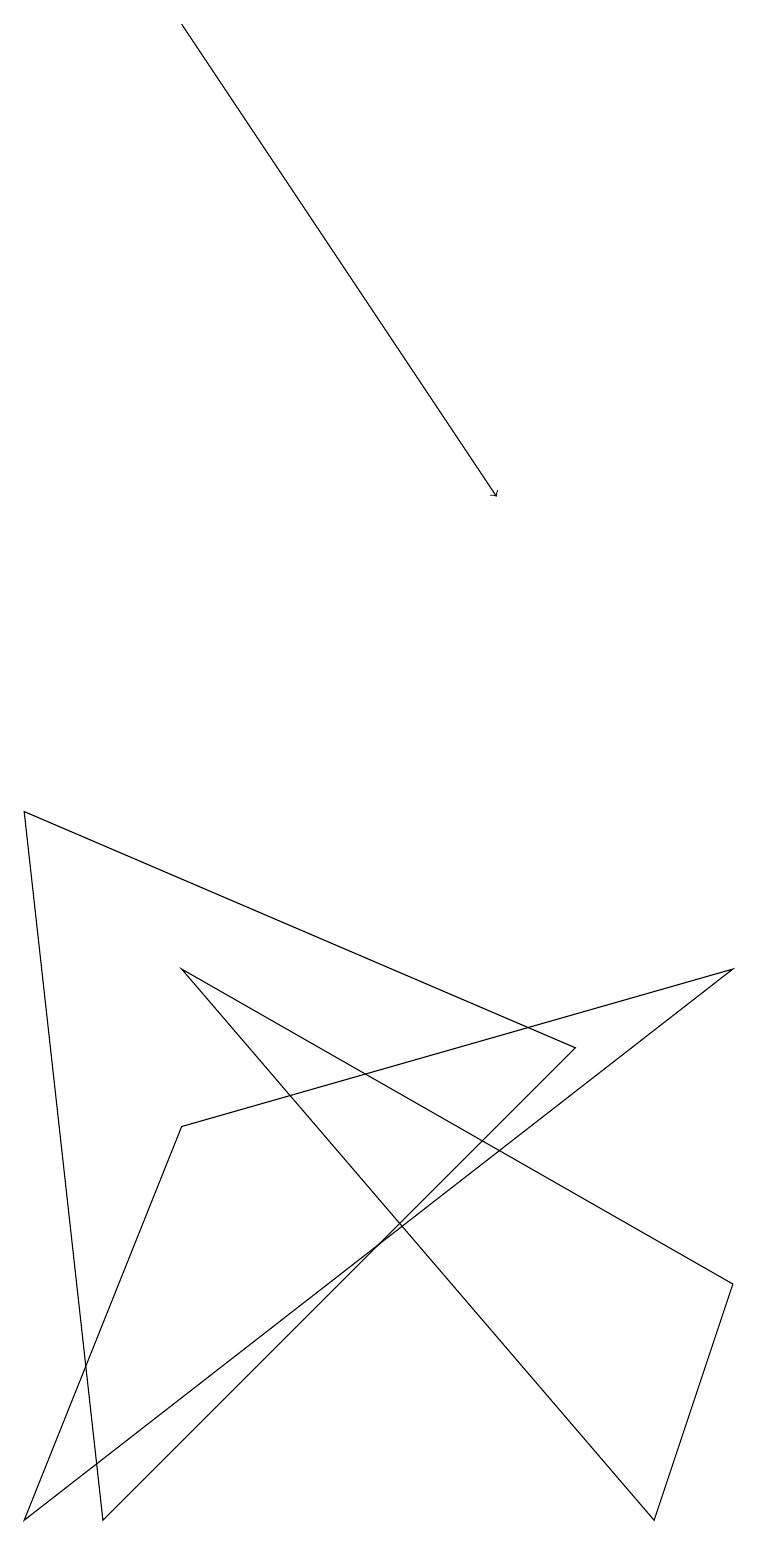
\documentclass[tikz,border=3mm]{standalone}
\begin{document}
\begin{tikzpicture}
\draw (9,3) -- (2,7) -- (8,0) -- cycle;
\draw (0,9) -- (7,6) -- (1,0) -- cycle;
\draw (2,5) -- (9,7) -- (0,0) -- cycle;
\draw[->] (2,19) -- (6,13);
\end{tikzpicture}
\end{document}